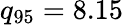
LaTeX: q_{95}=8.15